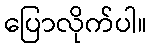
ပြောလိုက်ပါ။